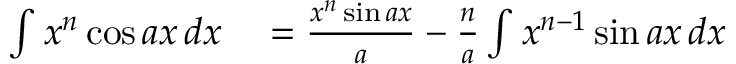
\begin{array} { r l } { \int x ^ { n } \cos a x \, d x } & { { } = { \frac { x ^ { n } \sin a x } { a } } - { \frac { n } { a } } \int x ^ { n - 1 } \sin a x \, d x } \end{array}